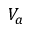
V _ { a }